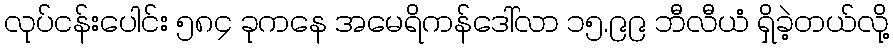
လုပ်ငန်းပေါင်း ၅၈၄ ခုကနေ အမေရိကန်ဒေါ်လာ ၁၅.၉၉ ဘီလီယံ ရှိခဲ့တယ်လို့